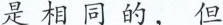
是相同的，但